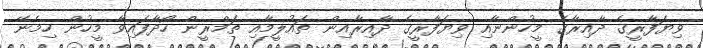
ވިޔަފާރީގެ ދާއިރާގެ މީހުންނާއި ވިޔަފާރީގެ ދާއިރާއިން ތައުލީމާއި ތަމްރީން ހޯދާފައިވާ މީހުން ހިމެނޭ